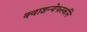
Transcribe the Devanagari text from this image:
क्वाशन्येफस्कीने